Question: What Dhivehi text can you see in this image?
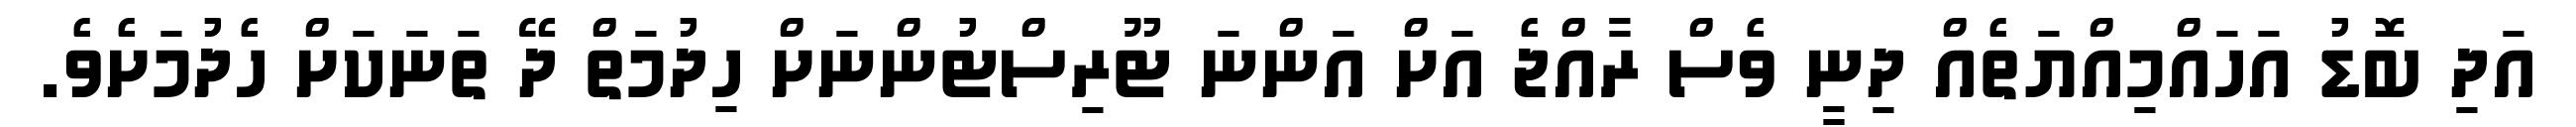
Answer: އަދި ބޮޑު އަހައްމިއްޔަތެއް ދިނީ ވެސް ރާއްޖެ އަށް އަންނަ ޓޫރިސްޓުންނަށް ހިދުމަތް ދޭ ތަނަކަށް ހެދުމަށެވެ.